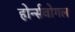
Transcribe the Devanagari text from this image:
होर्न्सवोगल